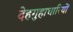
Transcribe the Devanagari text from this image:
देहगुहाधारियों